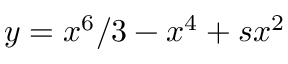
y = x ^ { 6 } / 3 - x ^ { 4 } + s x ^ { 2 }